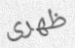
ظهرى